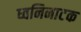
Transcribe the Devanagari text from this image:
ध्वनिनाटक